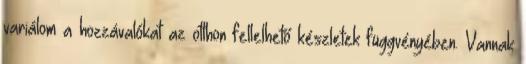
variálom a hozzávalókat az otthon fellelhető készletek függvényében. Vannak